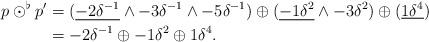
LaTeX: \begin{align*} p\odot^\flat p' &= (\underline{-2\delta^{-1}}\wedge -3\delta^{-1}\wedge -5\delta^{-1})\oplus (\underline{-1\delta^{2}}\wedge -3\delta^{2})\oplus (\underline{1\delta^{4}})\\ &= -2\delta^{-1}\oplus -1\delta^{2}\oplus 1\delta^{4}.\end{align*}